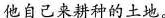
他自己来耕种的土地。